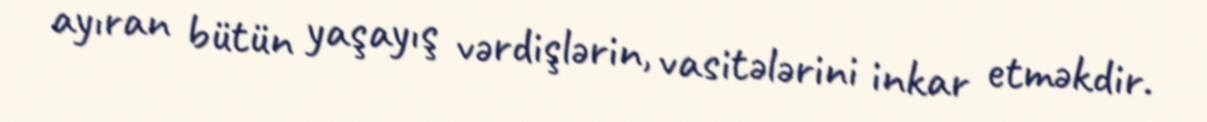
ayıran bütün yaşayış vərdişlərin, vasitələrini inkar etməkdir.